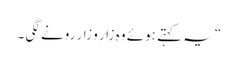
“ یہ کہتے ہوئے وہ زار و زار رونے لگی ۔